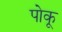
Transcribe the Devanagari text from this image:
पोकू